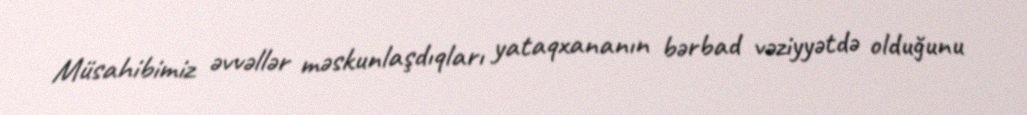
Müsahibimiz əvvəllər məskunlaşdıqları yataqxananın bərbad vəziyyətdə olduğunu